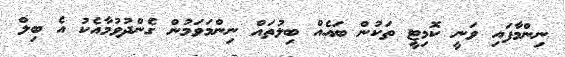
ނިންމާފައި ވަނީ ކޮމިޓީ ތަކުން ބައެއް ބިލުތައް ނިންމަވަމުން ގެންދުވުމާއެކު އެ ބިލް